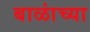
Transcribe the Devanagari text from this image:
बाळांच्या